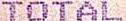
TOTAL